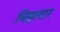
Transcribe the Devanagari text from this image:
बिझवार